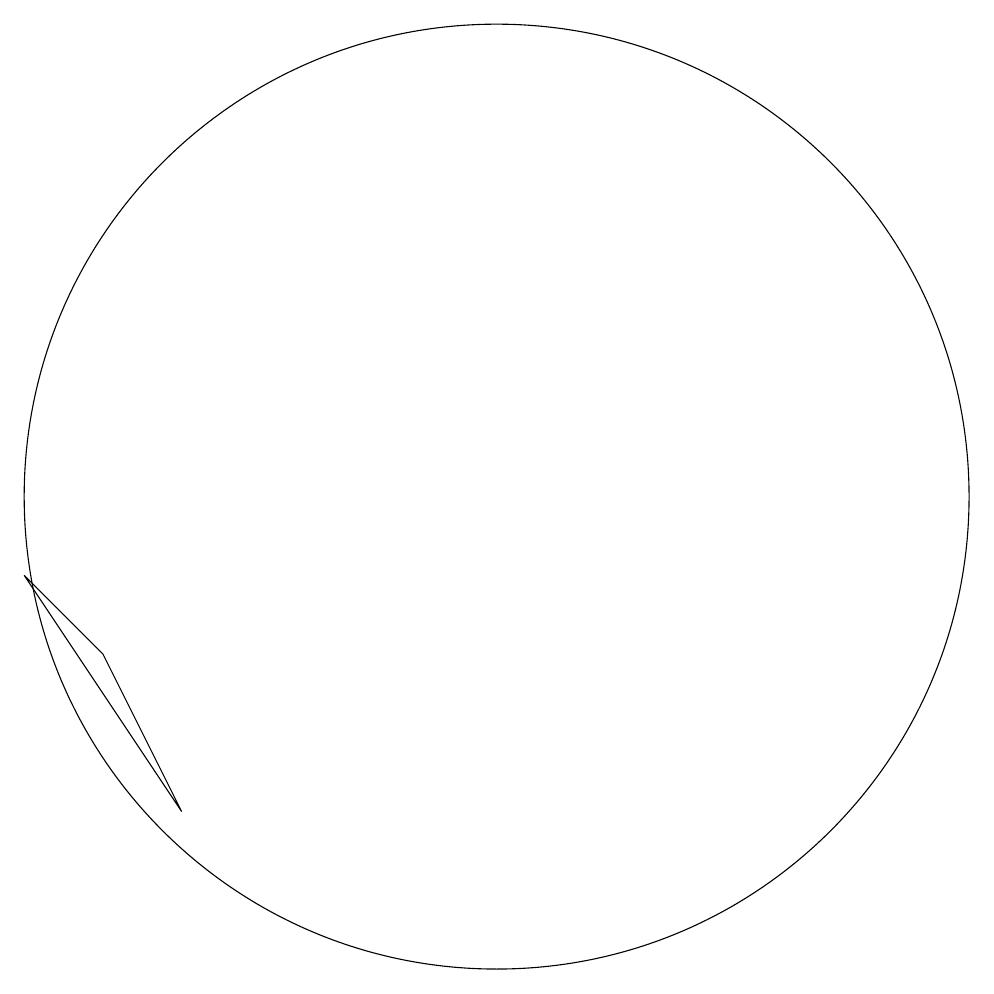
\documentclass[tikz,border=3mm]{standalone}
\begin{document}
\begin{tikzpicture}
\draw (10,10) circle (0);
\draw (11,10) circle (6);
\draw (6,8) -- (5,9) -- (7,6) -- cycle;
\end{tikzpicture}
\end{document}